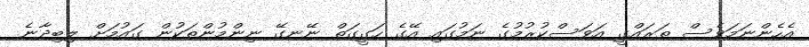
އެހެންނަމަވެސް ތަރައްގީ އަވަސްކުރުމުގެ ނަމުގައި އޭގެ ހަގީގަތް ނޭނގޭ ނިންމުންތަކުން ގައުމަށް ލިބިދާނެ